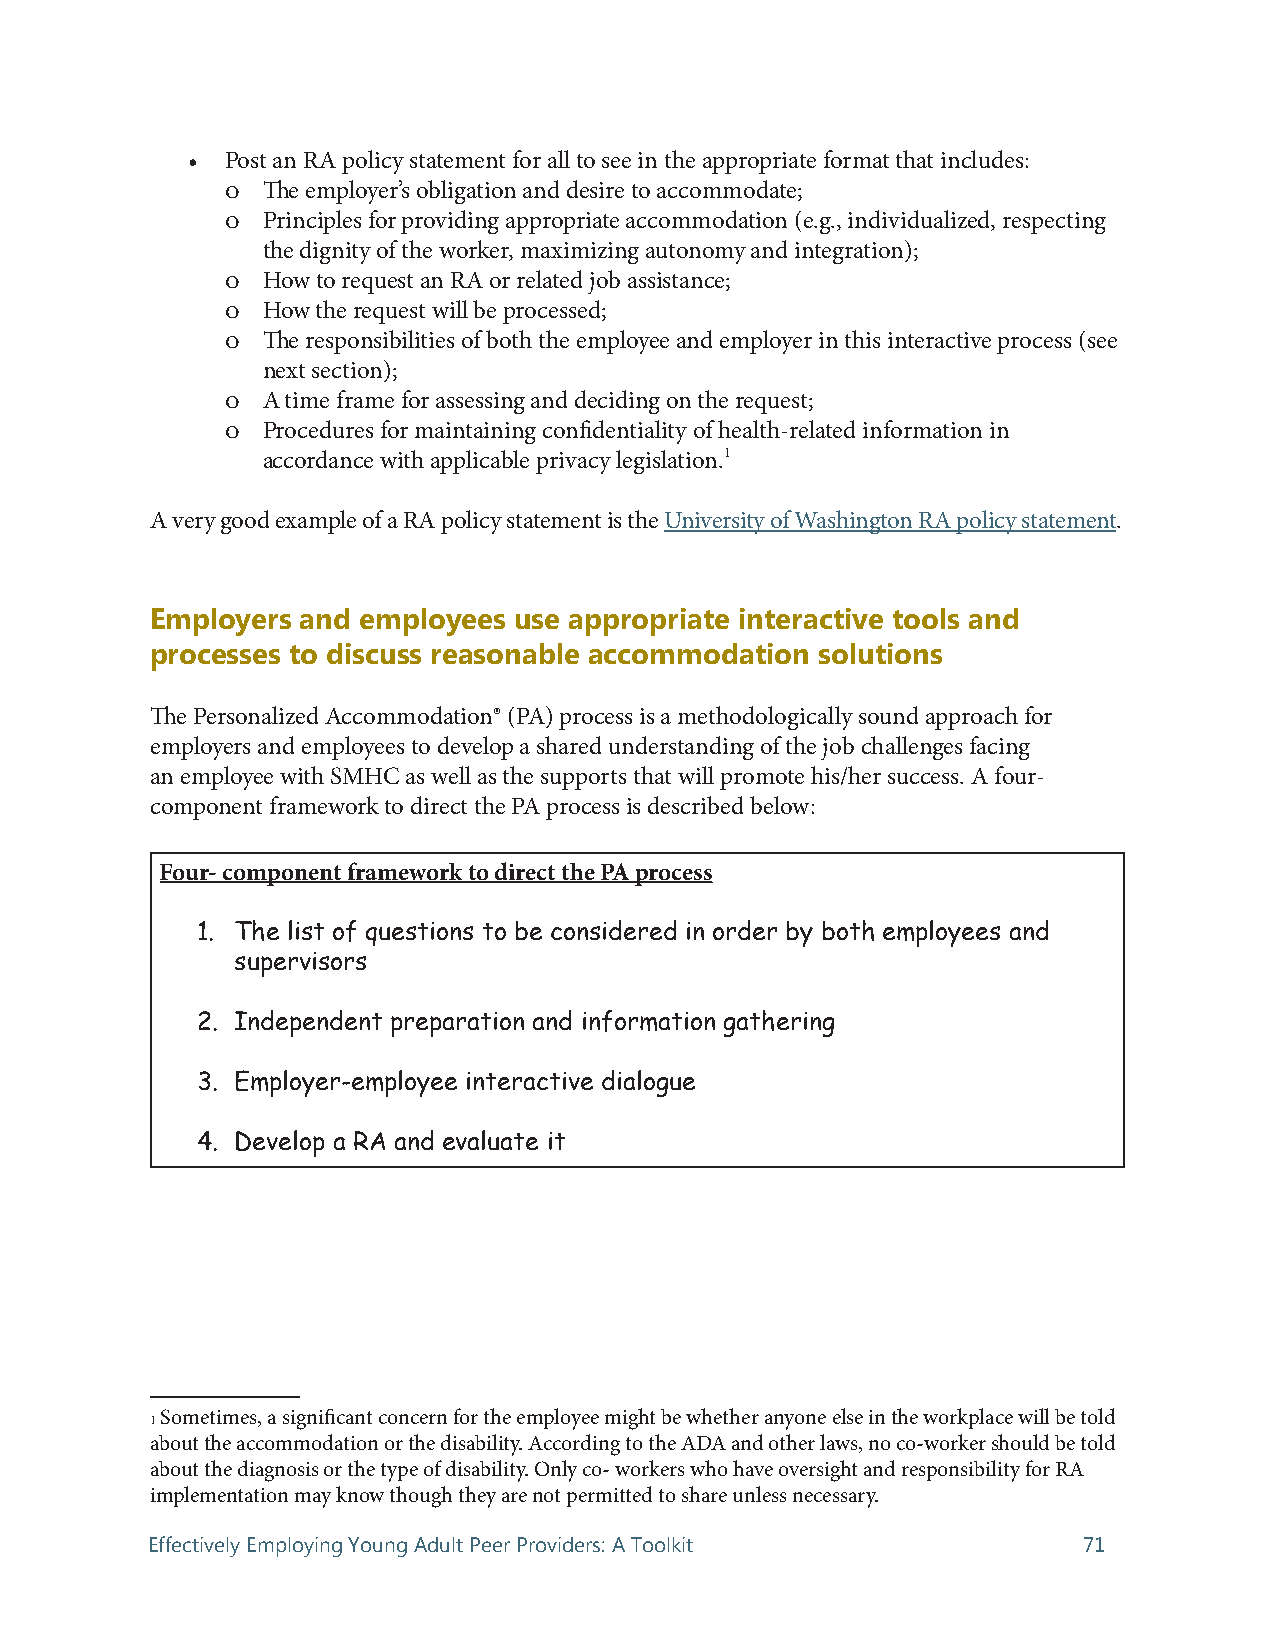
•  Post an RA policy statement for all to see in the appropriate format that includes:
 ļ The employer’s obligation and desire to accommodate;
 ļ Principles for providing appropriate accommodation (e.g., individualized, respecting
 the dignity of the worker, maximizing autonomy and integration);
 ļ How to request an RA or related job assistance;
 ļ How the request will be processed;
 ļ The responsibilities of both the employee and employer in this interactive process (see
 next section);
 ļ A time frame for assessing and deciding on the request;
 ļ Procedures for maintaining confidentiality of health-related information in
 accordance with applicable privacy legislation.1
 A very good example of a RA policy statement is the University of Washington RA policy statement.
 Employers and employees use appropriate interactive tools and
 processes to discuss reasonable accommodation solutions
 The Personalized Accommodation® (PA) process is a methodologically sound approach for
 employers and employees to develop a shared understanding of the job challenges facing
 an employee with SMHC as well as the supports that will promote his/her success. A four-
 component framework to direct the PA process is described below:
 Four- component framework to direct the PA process
 1. The list of questions to be considered in order by both employees and
 supervisors
 2. Independent preparation and information gathering
 3. Employer-employee interactive dialogue
 4. Develop a RA and evaluate it
 1 Sometimes, a significant concern for the employee might be whether anyone else in the workplace will be told
 about the accommodation or the disability. According to the ADA and other laws, no co-worker should be told
 about the diagnosis or the type of disability. Only co- workers who have oversight and responsibility for RA
 implementation may know though they are not permitted to share unless necessary.
 Effectively Employing Young Adult Peer Providers: A Toolkit   71